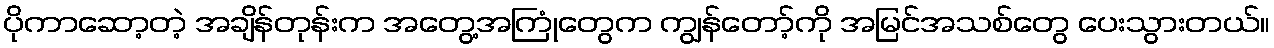
ပိုကာဆော့တဲ့ အချိန်တုန်းက အတွေ့အကြုံတွေက ကျွန်တော့်ကို အမြင်အသစ်တွေ ပေးသွားတယ်။